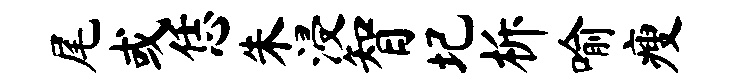
尾或恁朱浸智圮柝喻瘦